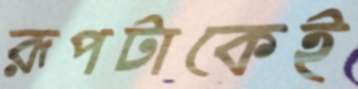
রূপটাকেই